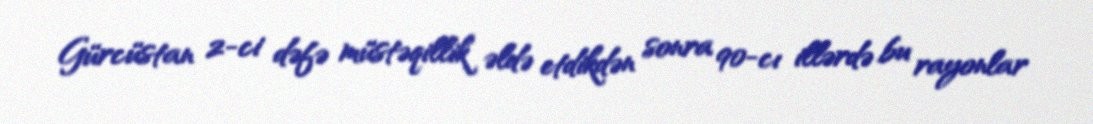
Gürcüstan 2-ci dəfə müstəqillik əldə etdikdən sonra 90-cı illərdə bu rayonlar